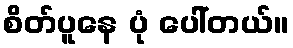
စိတ်ပူနေ ပုံ ပေါ်တယ်။